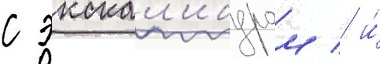
с экскал'ибуром / и́